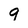
Character: 9